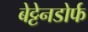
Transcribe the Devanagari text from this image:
बेट्टेनडोर्फ